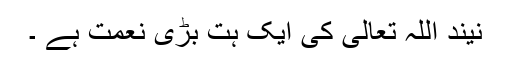
نیند اللہ تعالیٰ کی ایک ہت بڑی نعمت ہے ۔